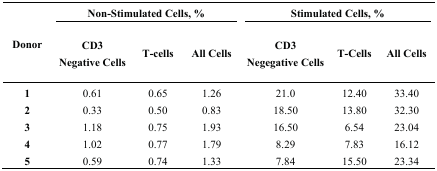
| <ROWSPAN=2> Donor | <COLSPAN=3> Non-Stimulated Cells, % | <COLSPAN=3> Stimulated Cells, % |
 | CD3 Negative Cells | T-cells | All Cells | CD3 Negegative Cells | T-Cells | All Cells |
 | --- | --- | --- | --- | --- | --- | --- |
 | 1 | 0.61 | 0.65 | 1.26 | 21.0 | 12.40 | 33.40 |
 | 2 | 0.33 | 0.50 | 0.83 | 18.50 | 13.80 | 32.30 |
 | 3 | 1.18 | 0.75 | 1.93 | 16.50 | 6.54 | 23.04 |
 | 4 | 1.02 | 0.77 | 1.79 | 8.29 | 7.83 | 16.12 |
 | 5 | 0.59 | 0.74 | 1.33 | 7.84 | 15.50 | 23.34 |